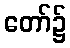
တော်၌